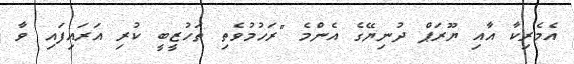
އެމެރިކާ އާއި ޔޫރަޕް ދުނިޔޭގެ އެންމެ "ރަހުމުވެތި ތަހުޒީބީ ކުރި އަރައިފައި ވާ